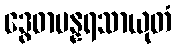
ဒွေဓာပန္နရသာယုတံ